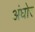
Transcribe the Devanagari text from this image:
अंघोर